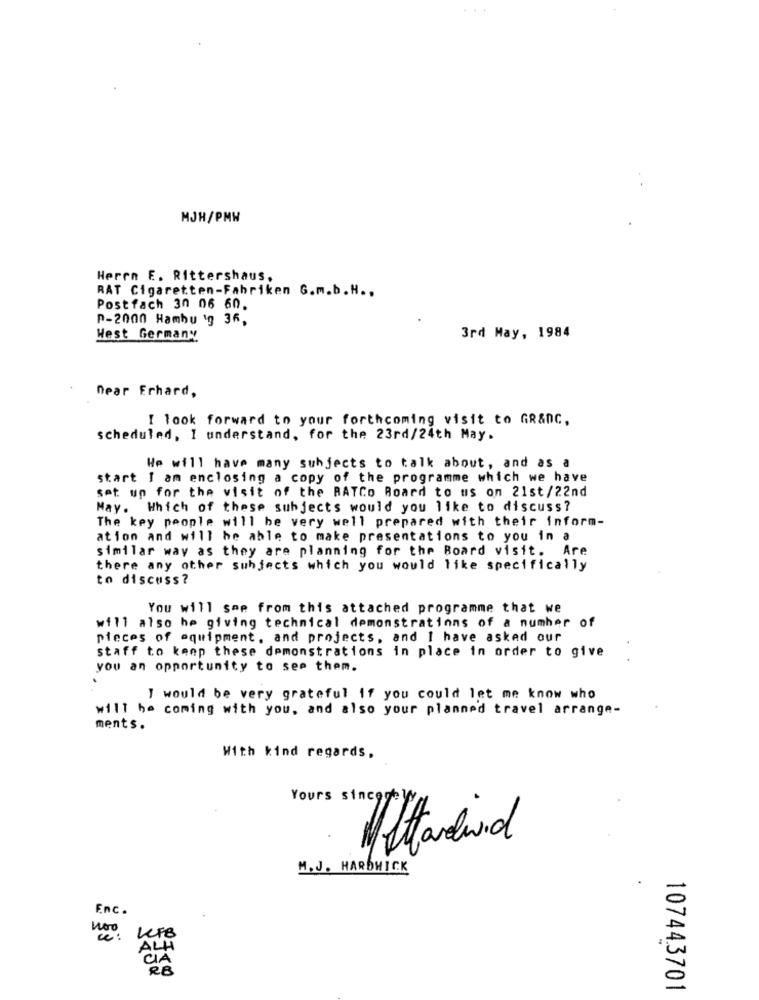
MJH/PMW
Herrn E. Rittershaus,
RAT Cigaretten-Fabriken G.m.b.H ..
Postfach 30 06 60.
P-2000 Hambu 'g 36,
West Germany
3rd May, 1984
Dear Erhard,
I look forward to your forthcoming visit to GR&nC,
scheduled, I understand, for the 23rd/24th May.
We will have many subjects to talk about, and as a
start I am enclosing a copy of the programme which we have
set up for the visit of the RATCo Board to us on 21st/22nd
May. Which of these subjects would you like to discuss?
The key people will be very well prepared with their inform-
ation and will be able to make presentations to you in a
similar way as they are planning for the Board visit. Are
there any other subjects which you would like specifically
to discuss?
You will see from this attached programme that we
will also he giving technical demonstrations of a number of
pieces of equipment, and projects, and I have asked our
staff to keep these demonstrations in place in order to give
you an opportunity to see them.
I would be very grateful if you could let me know who
will be coming with you, and also your planned travel arrange-
ments.
With kind regards,
Yours sincerely.
ftardavid
M. J. HARDWICK
Enc.
" :
LFB
ALH
CIA
107443701